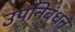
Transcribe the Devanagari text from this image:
उपनिबंधन